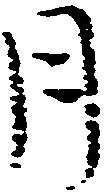
月